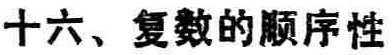
十六、复数的顺序性